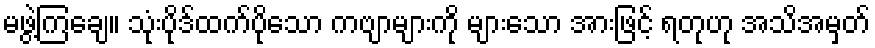
မဖွဲ့ကြချေ။ သုံးပိုဒ်ထက်ပိုသော ကဗျာများကို များသော အားဖြင့် ရတုဟု အသိအမှတ်